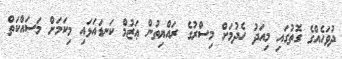
ދުވަހެއްގެ ގޮތުގައި މިއަދު ހެދުމަށް މިސްރުގެ ރައްޔިތުން ޢަޒުމް ކަނޑައަޅައި މިކަމަށް މަސައްކަތް